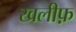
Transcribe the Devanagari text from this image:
खलीफ़